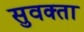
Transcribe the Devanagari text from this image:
सुवक्‍ता